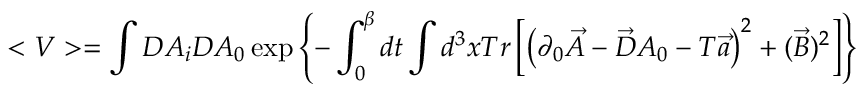
< V > = \int D A _ { i } D A _ { 0 } \exp \left\{ - \int _ { 0 } ^ { \beta } d t \int d ^ { 3 } x T r \left[ \left( \partial _ { 0 } \vec { A } - \vec { D } A _ { 0 } - T \vec { a } \right) ^ { 2 } + ( \vec { B } ) ^ { 2 } \right] \right\}